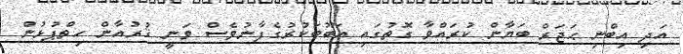
އަދި އިބްނި ޙަޖަރް ބަޔާން ކުރައްވާ ގޮތުގައި އަބޫބަކުރުގެފާނުވެސް ވަނީ ޤުރުއާން ހިތްޕުޅުން